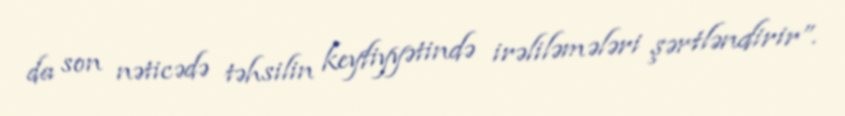
da son nəticədə təhsilin keyfiyyətində irəliləmələri şərtləndirir”.